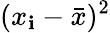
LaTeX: (x_{\mathbf{i}}-{\bar{{x}}})^{2}